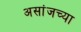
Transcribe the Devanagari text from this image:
असांजच्या